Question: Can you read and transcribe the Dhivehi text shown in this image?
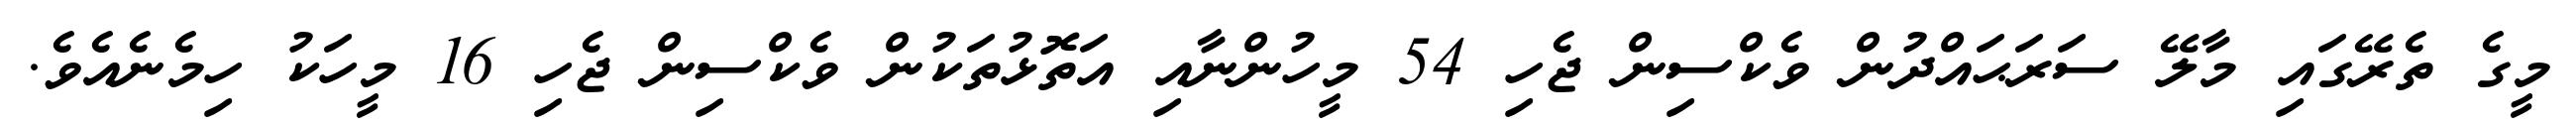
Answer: މީގެ ތެރޭގައި މާލޭ ސަރަޙައްދުން ވެކްސިން ޖެހި 54 މީހުންނާއި އަތޮޅުތަކުން ވެކްސިން ޖެހި 16 މީހަކު ހިމެނެއެވެ.